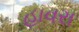
હાવરા